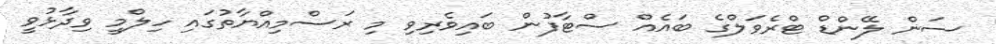
ސަން ލޭންޑް ޓްރެވަލްގެ ބައެއް ސްޓާފުން ބައިވެރިވި މި ރަސްމިއްޔާތުގައި ހިލްމީ ވިދާޅުވީ